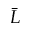
\bar { L }